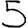
Digit: 5